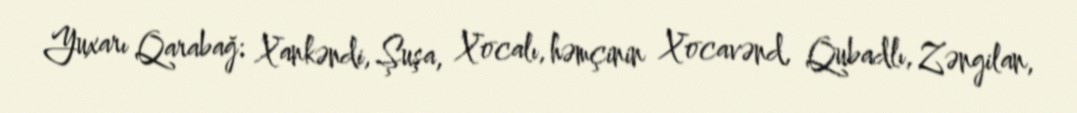
Yuxarı Qarabağ: Xankəndi, Şuşa, Xocalı, həmçinin Xocavənd, Qubadlı, Zəngilan,